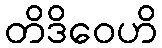
တိဒိဝေဟိ